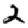
Digit: 2